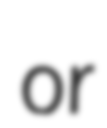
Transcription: or